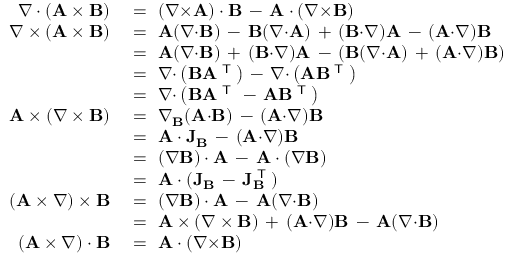
{ \begin{array} { r l } { \nabla \cdot ( \mathbf { A } \times \mathbf { B } ) } & { \ = \ ( \nabla { \times } \mathbf { A } ) \cdot \mathbf { B } \, - \, \mathbf { A } \cdot ( \nabla { \times } \mathbf { B } ) } \\ { \nabla \times ( \mathbf { A } \times \mathbf { B } ) } & { \ = \ \mathbf { A } ( \nabla { \cdot } \mathbf { B } ) \, - \, \mathbf { B } ( \nabla { \cdot } \mathbf { A } ) \, + \, ( \mathbf { B } { \cdot } \nabla ) \mathbf { A } \, - \, ( \mathbf { A } { \cdot } \nabla ) \mathbf { B } } \\ & { \ = \ \mathbf { A } ( \nabla { \cdot } \mathbf { B } ) \, + \, ( \mathbf { B } { \cdot } \nabla ) \mathbf { A } \, - \, ( \mathbf { B } ( \nabla { \cdot } \mathbf { A } ) \, + \, ( \mathbf { A } { \cdot } \nabla ) \mathbf { B } ) } \\ & { \ = \ \nabla { \cdot } \left( \mathbf { B } \mathbf { A } ^ { \textsf { T } } \right) \, - \, \nabla { \cdot } \left( \mathbf { A } \mathbf { B } ^ { \textsf { T } } \right) } \\ & { \ = \ \nabla { \cdot } \left( \mathbf { B } \mathbf { A } ^ { \textsf { T } } \, - \, \mathbf { A } \mathbf { B } ^ { \textsf { T } } \right) } \\ { \mathbf { A } \times ( \nabla \times \mathbf { B } ) } & { \ = \ \nabla _ { \mathbf { B } } ( \mathbf { A } { \cdot } \mathbf { B } ) \, - \, ( \mathbf { A } { \cdot } \nabla ) \mathbf { B } } \\ & { \ = \ \mathbf { A } \cdot \mathbf { J } _ { \mathbf { B } } \, - \, ( \mathbf { A } { \cdot } \nabla ) \mathbf { B } } \\ & { \ = \ ( \nabla \mathbf { B } ) \cdot \mathbf { A } \, - \, \mathbf { A } \cdot ( \nabla \mathbf { B } ) } \\ & { \ = \ \mathbf { A } \cdot ( \mathbf { J } _ { \mathbf { B } } \, - \, \mathbf { J } _ { \mathbf { B } } ^ { \textsf { T } } ) } \\ { ( \mathbf { A } \times \nabla ) \times \mathbf { B } } & { \ = \ ( \nabla \mathbf { B } ) \cdot \mathbf { A } \, - \, \mathbf { A } ( \nabla { \cdot } \mathbf { B } ) } \\ & { \ = \ \mathbf { A } \times ( \nabla \times \mathbf { B } ) \, + \, ( \mathbf { A } { \cdot } \nabla ) \mathbf { B } \, - \, \mathbf { A } ( \nabla { \cdot } \mathbf { B } ) } \\ { ( \mathbf { A } \times \nabla ) \cdot \mathbf { B } } & { \ = \ \mathbf { A } \cdot ( \nabla { \times } \mathbf { B } ) } \end{array} }